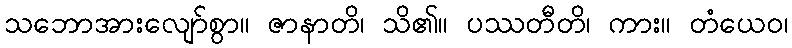
သဘောအားလျော်စွာ။ ဇာနာတိ၊ သိ၏။ ပဿတီတိ၊ ကား။ တံယေဝ၊